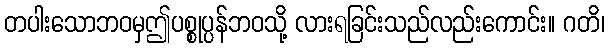
တပါးသောဘဝမှဤပစ္စုပ္ပန်ဘဝသို့ လားရခြင်းသည်လည်းကောင်း။ ဂတိ၊